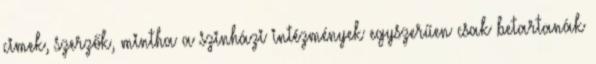
cimek, szerzők, mintha a szinházi intézmények egyszerűen csak betartanák